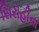
સિરોહીના